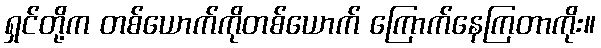
ရှင်တို့က တစ်ယောက်ကိုတစ်ယောက် ကြောက်နေကြတာကိုး။